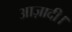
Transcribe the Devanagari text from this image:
आज़ादी।